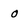
Character: o